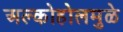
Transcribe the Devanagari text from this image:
अल्कोहोलमुळे